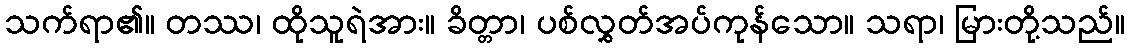
သက်ရာ၏။ တဿ၊ ထိုသူရဲအား။ ခိတ္တာ၊ ပစ်လွှတ်အပ်ကုန်သော။ သရာ၊ မြားတို့သည်။